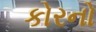
કોરનો